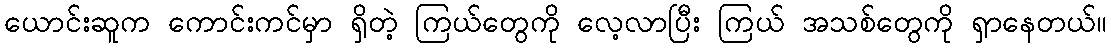
ယောင်းဆူက ကောင်းကင်မှာ ရှိတဲ့ ကြယ်တွေကို လေ့လာပြီး ကြယ် အသစ်တွေကို ရှာနေတယ်။